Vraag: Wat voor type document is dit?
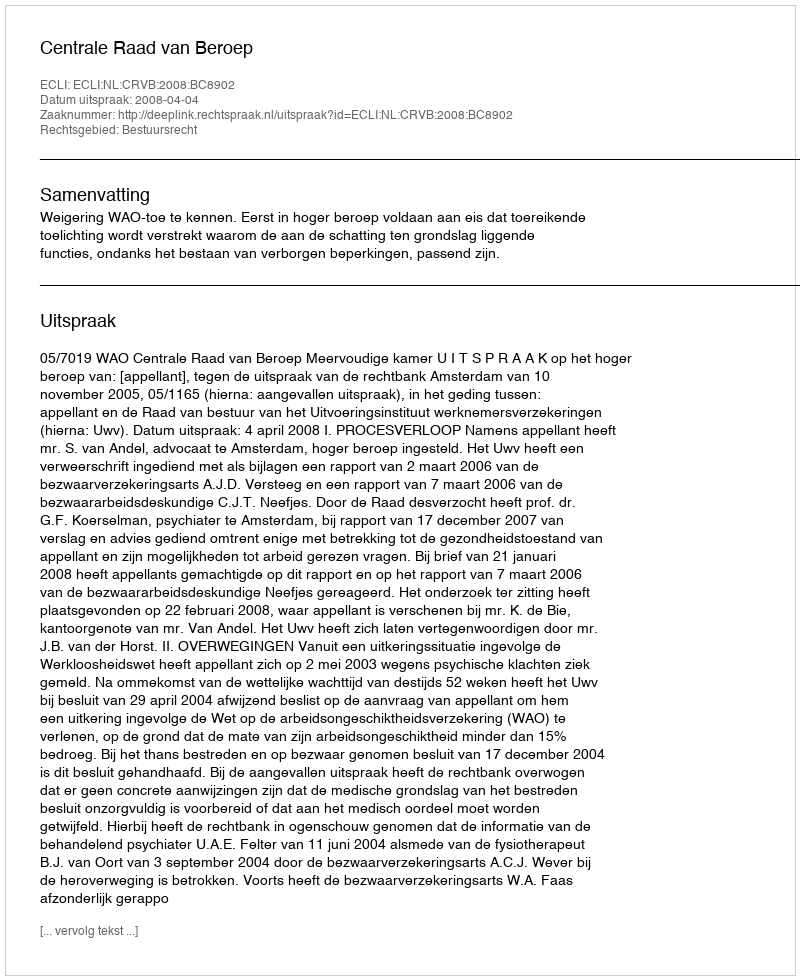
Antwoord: Uitspraak